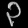
Digit: ၃